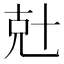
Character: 兙